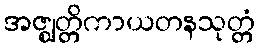
အဇ္ဈတ္တိကာယတနသုတ္တံ